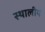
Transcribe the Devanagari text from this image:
स्थालीय